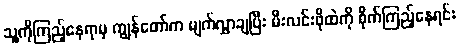
သူ့ကိုကြည့်နေရာမှ ကျွန်တော်က မျက်လွှာချပြီး မီးလင်းဖိုထဲကို စိုက်ကြည့်နေရင်း